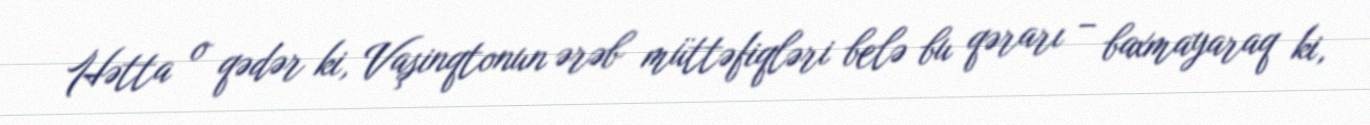
Hətta o qədər ki, Vaşinqtonun ərəb müttəfiqləri belə bu qərarı – baxmayaraq ki,